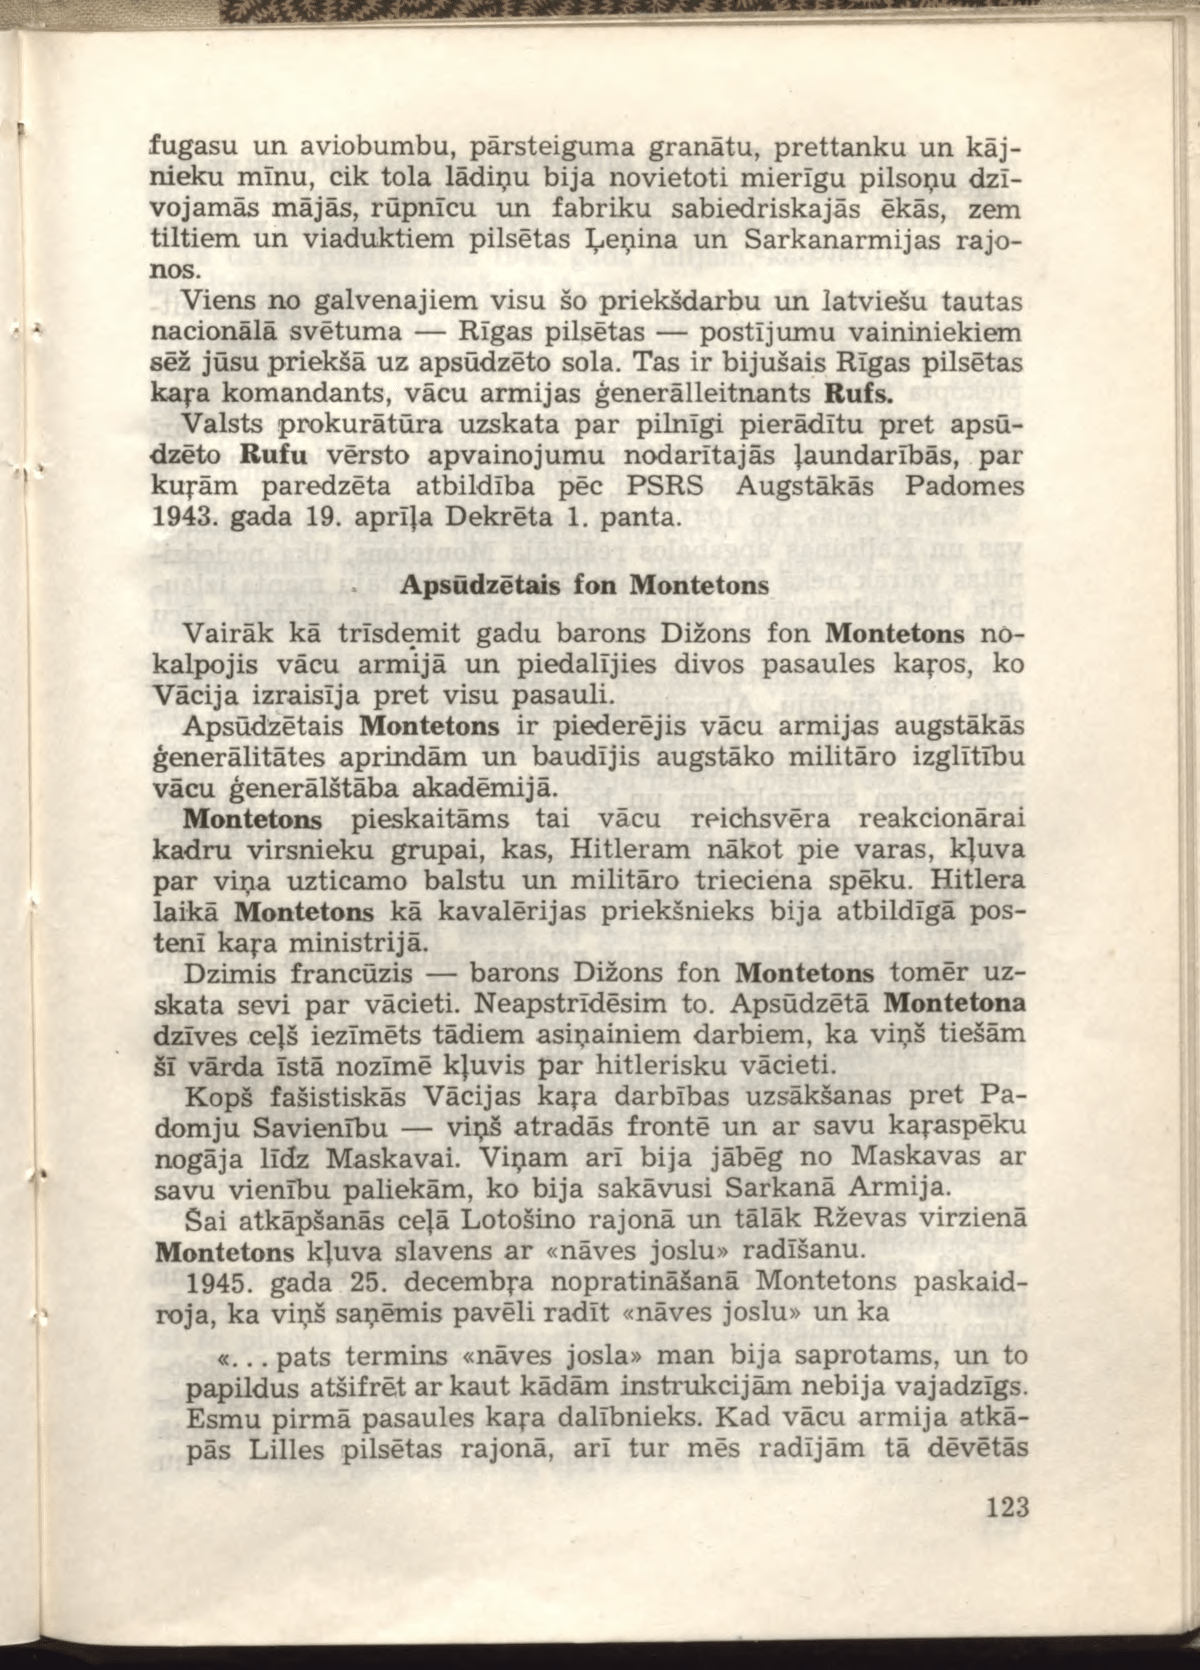
Language: lv